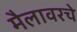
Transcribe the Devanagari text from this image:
मैलावरचे